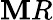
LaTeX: \mathbf{M}R